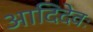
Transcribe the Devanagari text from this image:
आदिदेवः